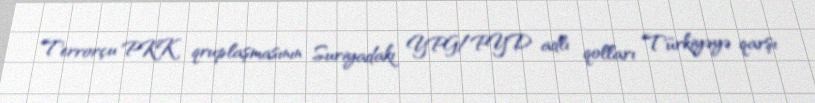
Terrorçu PKK qruplaşmasının Suriyadakı YPG/PYD adlı qolları Türkiyəyə qarşı